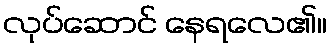
လုပ်ဆောင် နေရလေ၏။